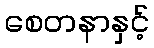
စေတနာနှင့်